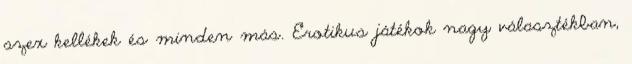
szex kellékek és minden más. Erotikus játékok nagy választékban,